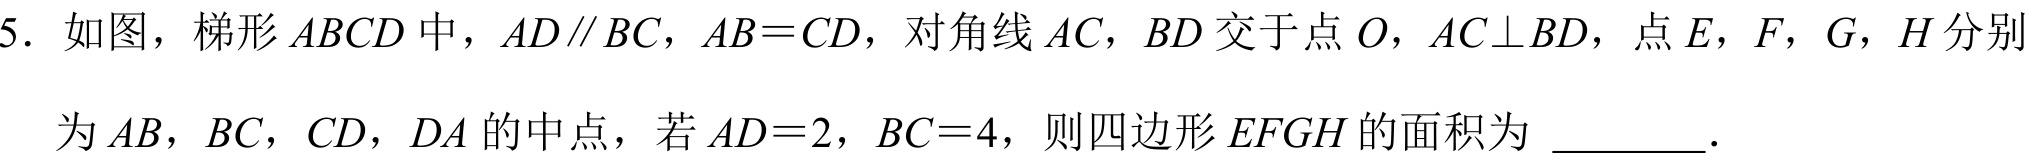
5．如图，梯形$ABCD$中，$AD\parallel BC$，$AB = CD$，对角线$AC$，$BD$交于点$O$，$AC\perp BD$，点$E$，$F$，$G$，$H$分别为$AB$，$BC$，$CD$，$DA$的中点，若$AD = 2$，$BC = 4$，则四边形$EFGH$的面积为 \_\_\_\_\_．